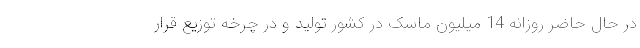
در حال حاضر روزانه 14 میلیون ماسک در کشور تولید و در چرخه توزیع قرار